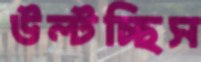
উল্‌টচ্ছিস